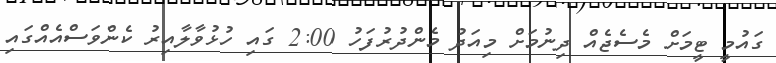
ގައުމީ ޓީމަށް މެސެޖެއް ދިނުމަށް މިއަދު މެންދުރުފަހު 2:00 ގައި ހުޅުވާލާއިރު ކެންވަސްއެއްގައި